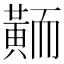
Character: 𪎿